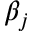
\beta _ { j }